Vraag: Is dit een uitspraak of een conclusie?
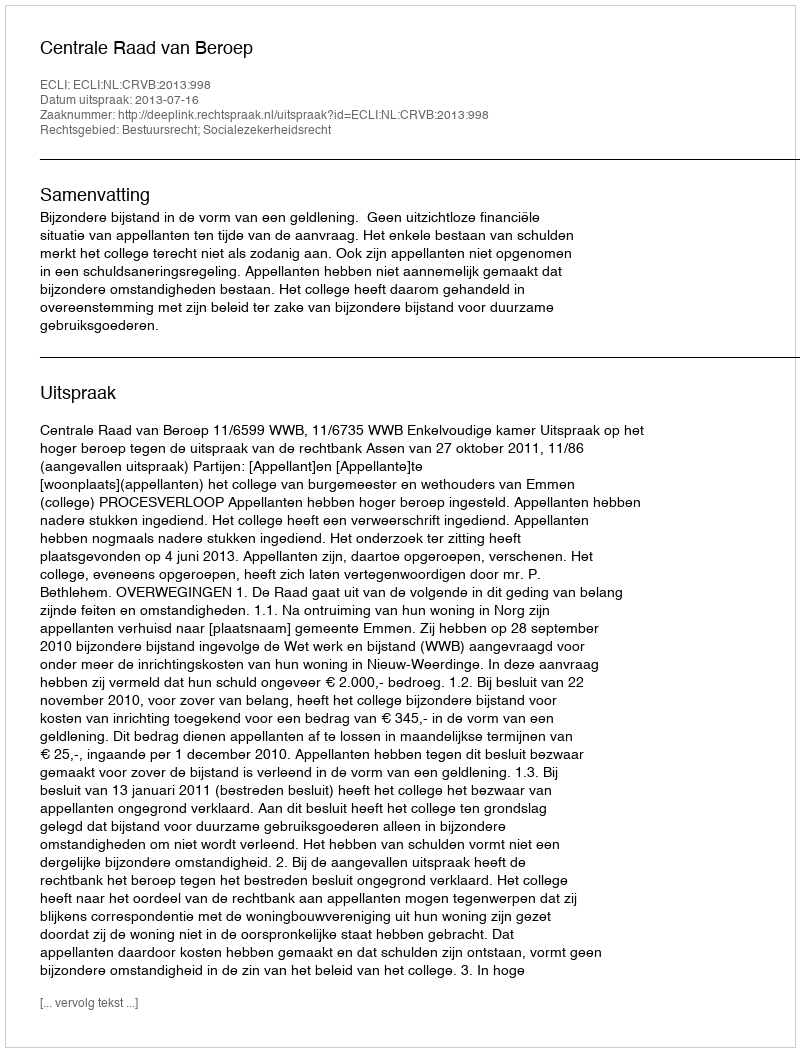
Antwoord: Uitspraak